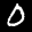
Label: 0